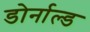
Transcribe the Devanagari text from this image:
डोर्नाल्ड